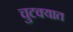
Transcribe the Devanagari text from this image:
चुटक्यात